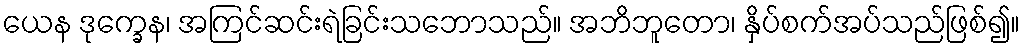
ယေန ဒုက္ခေန၊ အကြင်ဆင်းရဲခြင်းသဘောသည်။ အဘိဘူတော၊ နှိပ်စက်အပ်သည်ဖြစ်၍။